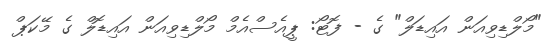
"މޯލްޑިވިއަން އައިޑަލް" ގެ - ފޮޓޯ: ޕީއެސްއެމް މޯލްޑިވިއަން އައިޑޮލް ގެ މޭކަޕް